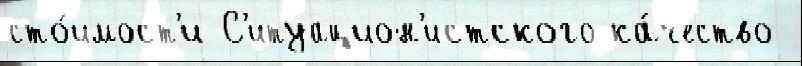
сто́имост'и С'итуацион'истского ка́чество